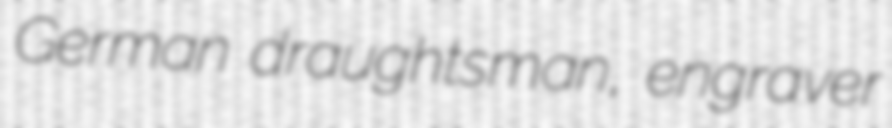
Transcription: German draughtsman, engraver